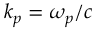
k _ { p } = \omega _ { p } / c